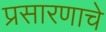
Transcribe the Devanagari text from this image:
प्रसारणाचे